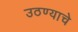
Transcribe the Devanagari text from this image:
उठण्याचे